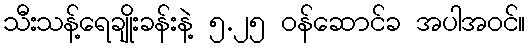
သီးသန့်ရေချိုးခန်းနဲ့ ၅.၂၅ ဝန်ဆောင်ခ အပါအဝင်။